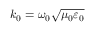
k _ { 0 } = \omega _ { 0 } \sqrt { \mu _ { 0 } \varepsilon _ { 0 } }